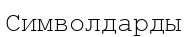
Символдарды